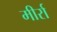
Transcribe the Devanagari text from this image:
मीर्रा